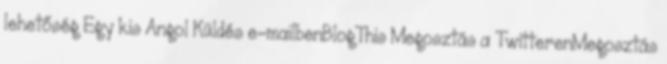
lehetőség Egy kis Angol Küldés e-mailbenBlogThis Megosztás a TwitterenMegosztás